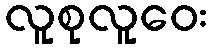
လူစုလူဝေး